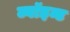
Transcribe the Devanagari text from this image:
ज्वॉइन्ट